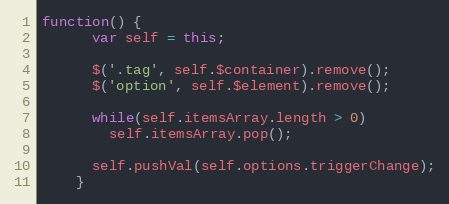
Language: JavaScript
function() {
      var self = this;

      $('.tag', self.$container).remove();
      $('option', self.$element).remove();

      while(self.itemsArray.length > 0)
        self.itemsArray.pop();

      self.pushVal(self.options.triggerChange);
    }